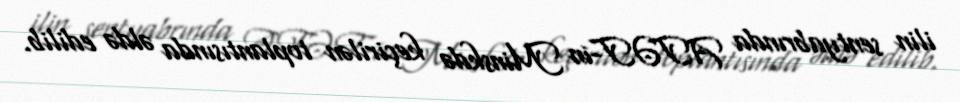
ilin sentyabrında ATƏT-in Minskdə keçirilən toplantısında əldə edilib.